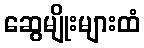
ဆွေမျိုးများထံ